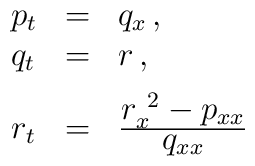
\begin{array}{lll}p_t & = & q_x \, , \\ q_t & = & r \, , \\ [2mm] r_t & = & \frac{\textstyle{r_{x}^{\,\;2} - p_{xx}}}{\textstyle{q_{xx}}}\end{array}